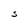
Character: S